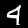
Digit: 4